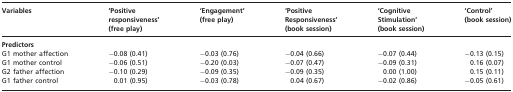
<table><thead><tr><td><b>Variables</b></td><td><b>‘Positive responsiveness’ (free play)</b></td><td><b>‘Engagement’ (free play)</b></td><td><b>‘Positive Responsiveness’ (book session)</b></td><td><b>‘Cognitive Stimulation’ (book session)</b></td><td><b>‘Control’ (book session)</b></td></tr></thead><tbody><tr><td colspan="6"><b>Predictors</b></td></tr><tr><td>G1 mother affection</td><td>−0.08 (0.41)</td><td>−0.03 (0.76)</td><td>−0.04 (0.66)</td><td>−0.07 (0.44)</td><td>−0.13 (0.15)</td></tr><tr><td>G1 mother control</td><td>−0.06 (0.51)</td><td>−0.20 (0.03)</td><td>−0.07 (0.47)</td><td>−0.09 (0.31)</td><td>0.16 (0.07)</td></tr><tr><td>G2 father affection</td><td>−0.10 (0.29)</td><td>−0.09 (0.35)</td><td>−0.09 (0.35)</td><td>0.00 (1.00)</td><td>0.15 (0.11)</td></tr><tr><td>G1 father control</td><td>0.01 (0.95)</td><td>−0.03 (0.78)</td><td>0.04 (0.67)</td><td>−0.02 (0.86)</td><td>−0.05 (0.61)</td></tr></tbody></table>